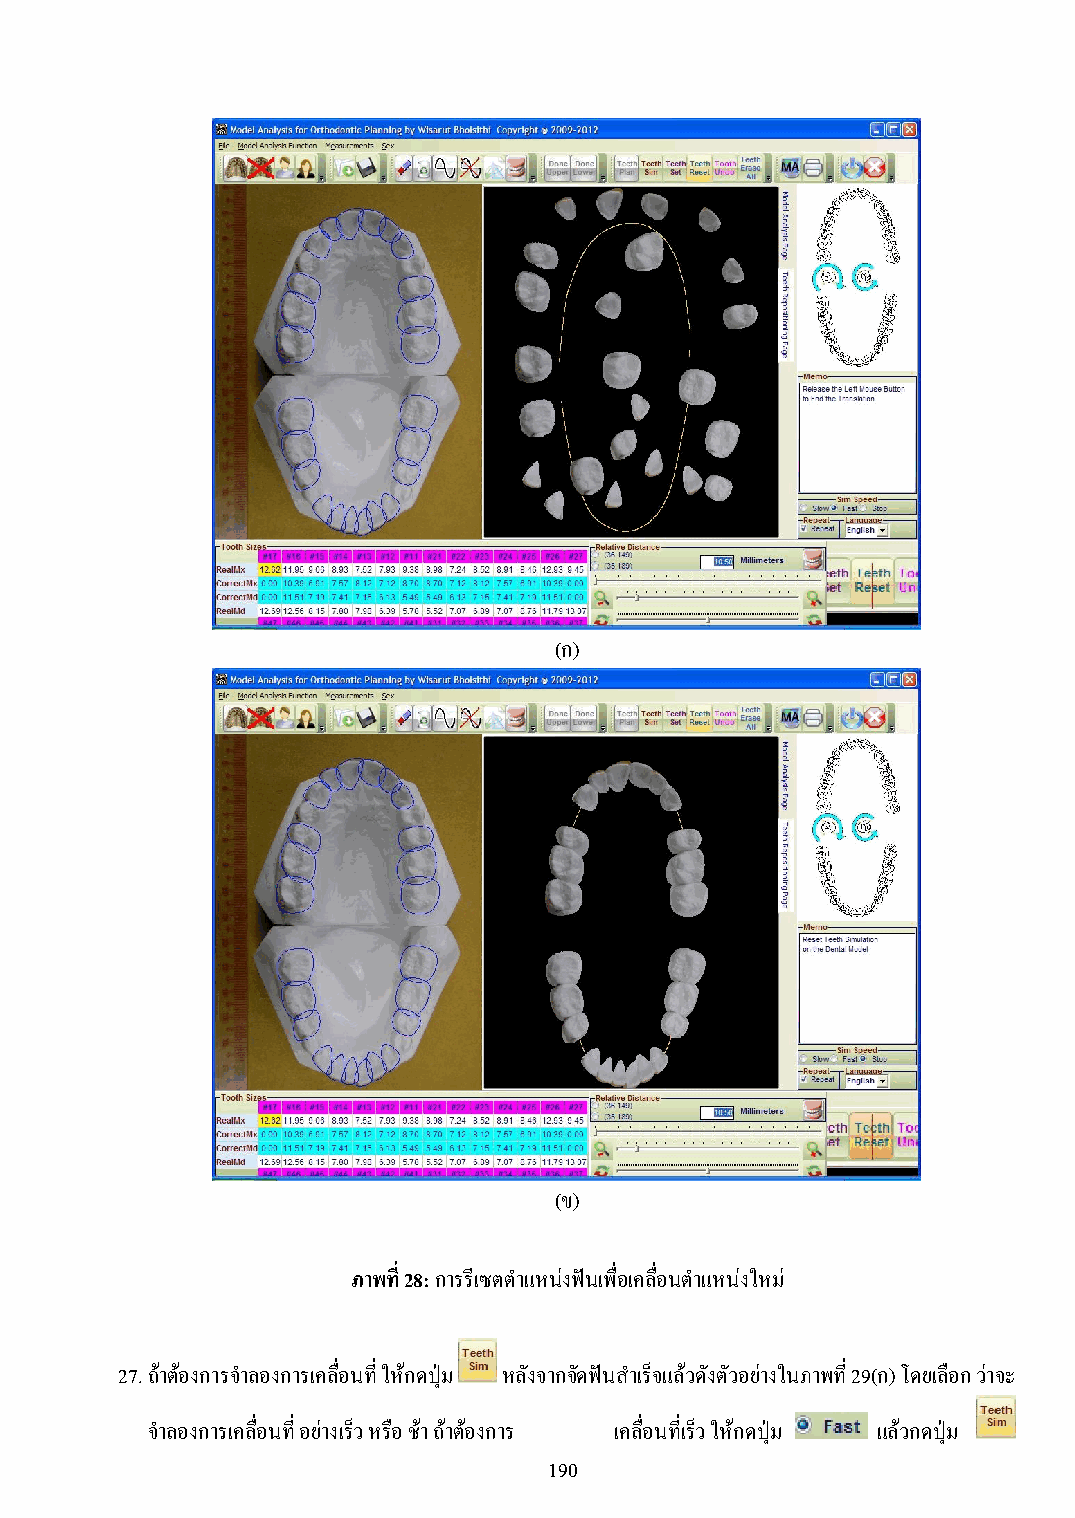
(ก)
 (ข)
 ภาพที่ 28: การรีเซตต าแหน่งฟันเพื่อเคลื่อนต าแหน่งใหม่
 27. ถ้าต้องการจ าลองการเคลื่อนที่ ให้กดปุ่ม หลังจากจัดฟันส าเร็จแล้วดังตัวอย่างในภาพที่ 29(ก) โดยเลือก ว่าจะ
 จ าลองการเคลื่อนที่ อย่างเร็ว หรือ ช้า ถ้าต้องการ เคลื่อนที่เร็ว ให้กดปุ่ม แล้วกดปุ่ม
 190